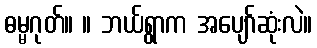
ဓမ္မဂုတ်။ ။ ဘယ်ရွာက အပျော်ဆုံးလဲ။